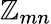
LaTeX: \mathbb{Z}_{mn}